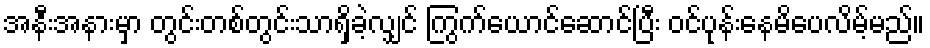
အနီးအနားမှာ တွင်းတစ်တွင်းသာရှိခဲ့လျှင် ကြွက်ယောင်ဆောင်ပြီး ဝင်ပုန်းနေမိပေလိမ့်မည်။